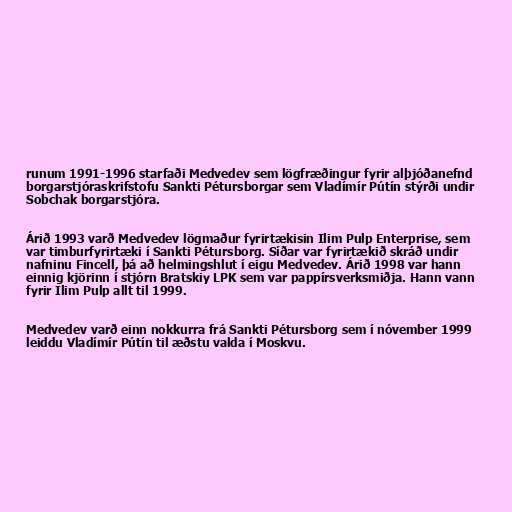
runum 1991-1996 starfaði Medvedev sem lögfræðingur fyrir alþjóðanefnd
borgarstjóraskrifstofu Sankti Pétursborgar sem Vladímír Pútín stýrði undir
Sobchak borgarstjóra.

Árið 1993 varð Medvedev lögmaður fyrirtækisin Ilim Pulp Enterprise, sem
var timburfyrirtæki í Sankti Pétursborg. Síðar var fyrirtækið skráð undir
nafninu Fincell, þá að helmingshlut í eigu Medvedev. Árið 1998 var hann
einnig kjörinn í stjórn Bratskiy LPK sem var pappírsverksmiðja. Hann vann
fyrir Ilim Pulp allt til 1999.

Medvedev varð einn nokkurra frá Sankti Pétursborg sem í nóvember 1999
leiddu Vladímír Pútín til æðstu valda í Moskvu.